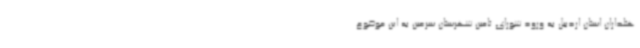
هتلداران استان اردبیل به ورود شورای تامین شهرستان سرعین به این موضوع